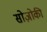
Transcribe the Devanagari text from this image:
सोज़ोकी